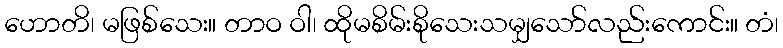
ဟောတိ၊ မဖြစ်သေး။ တာဝ ဝါ၊ ထိုမစိမ်းစိုသေးသမျှသော်လည်းကောင်း။ တံ၊